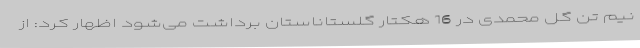
نیم تن گل محمدی در 16 هکتار گلستاناستان برداشت می‌شود اظهار کرد: از